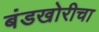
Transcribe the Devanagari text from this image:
बंडखोरीचा